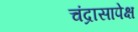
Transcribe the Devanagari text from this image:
चंद्रासापेक्ष